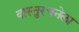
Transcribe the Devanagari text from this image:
वास्तुरचनेला